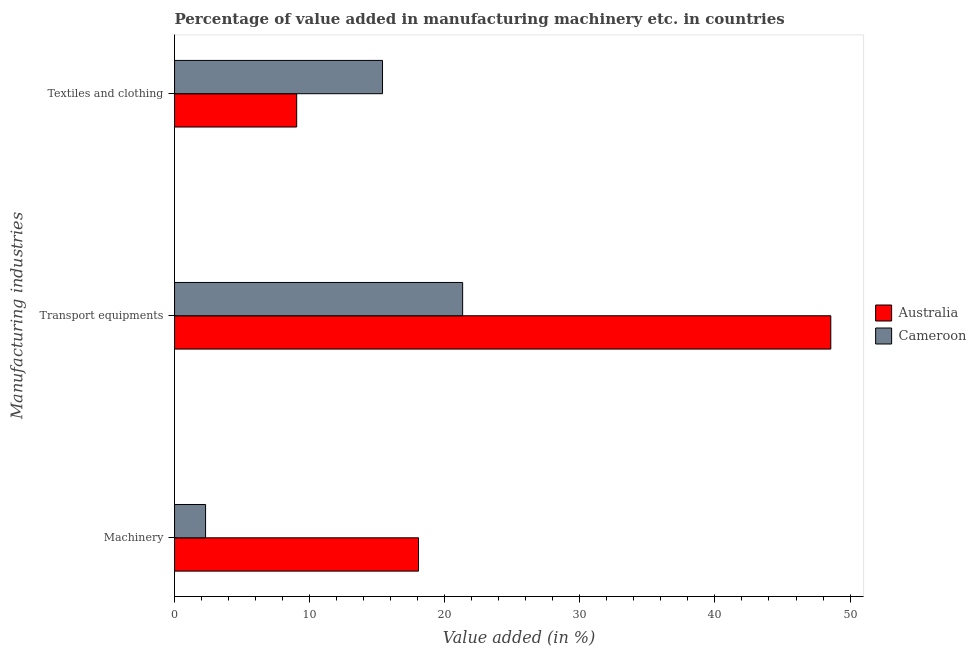
| Manufacturing industries | Australia | Cameroon |
 | --- | --- | --- |
 | Machinery | 18.1 | 2.3 |
 | Transport equipments | 48.6 | 21.3 |
 | Textiles and clothing | 9.04 | 15.4 |